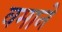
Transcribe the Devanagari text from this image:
वमाने